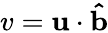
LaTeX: v=\mathbf{u}\cdot\mathbf{\hat{b}}